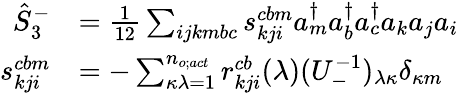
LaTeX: \begin{array}{rl}{\hat{S}_{3}^{-}}&{=\frac{1}{12}\sum_{ijkmbc}s_{kji}^{cbm}a_{m}^{\dagger}a_{b}^{\dagger}a_{c}^{\dagger}a_{k}a_{j}a_{i}}\\ {s_{kji}^{cbm}}&{=-\sum_{\kappa\lambda=1}^{n_{o;act}}r_{kji}^{cb}(\lambda)(U_{-}^{-1})_{\lambda\kappa}\delta_{\kappa m}}\end{array}